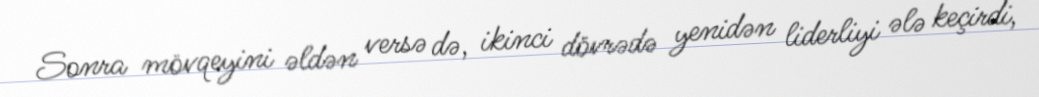
Sonra mövqeyini əldən versə də, ikinci dövrədə yenidən liderliyi ələ keçirdi,